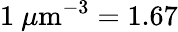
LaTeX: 1~\mu\mathrm{{m}^{-3}=1.67}